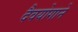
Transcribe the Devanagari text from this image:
दैवयोगाने